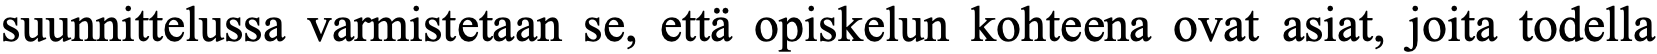
suunnittelussa varmistetaan se, että opiskelun kohteena ovat asiat, joita todella